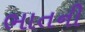
ભાતની